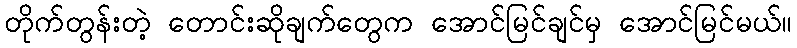
တိုက်တွန်းတဲ့ တောင်းဆိုချက်တွေက အောင်မြင်ချင်မှ အောင်မြင်မယ်။